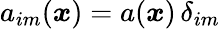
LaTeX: a_{im}(\boldsymbol x)=a(\boldsymbol x)\, \delta_{im}